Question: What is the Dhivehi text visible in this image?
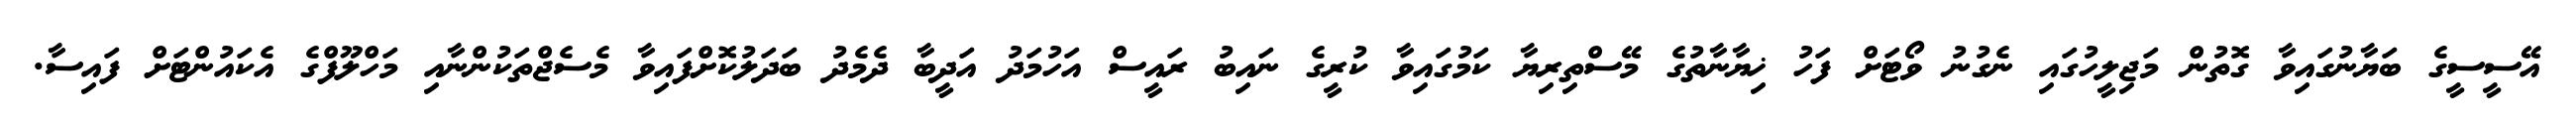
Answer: އޭސީސީގެ ބަޔާނުގައިވާ ގޮތުން މަޖިލީހުގައި ނެގުނު ވޯޓަށް ފަހު ޚިޔާނާތުގެ މޭސްތިރިޔާ ކަމުގައިވާ ކުރީގެ ނައިބު ރައީސް އަހުމަދު އަދީބާ ދެމެދު ބަދަލުކޮށްފައިވާ މެސެޖްތަކުންނާއި މަހްލޫފްގެ އެކައުންޓަށް ފައިސާ.